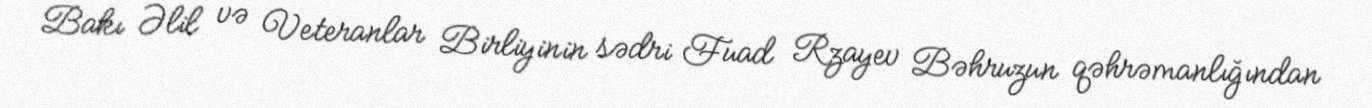
Bakı Əlil və Veteranlar Birliyinin sədri Fuad Rzayev Bəhruzun qəhrəmanlığından